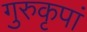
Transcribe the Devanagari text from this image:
गुरुकृपां